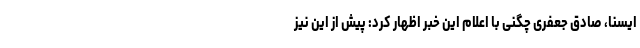
ایسنا، صادق جعفری چگنی با اعلام این خبر اظهار کرد: پیش از این نیز